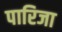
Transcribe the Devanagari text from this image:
पारिजा